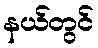
နယ်တွင်